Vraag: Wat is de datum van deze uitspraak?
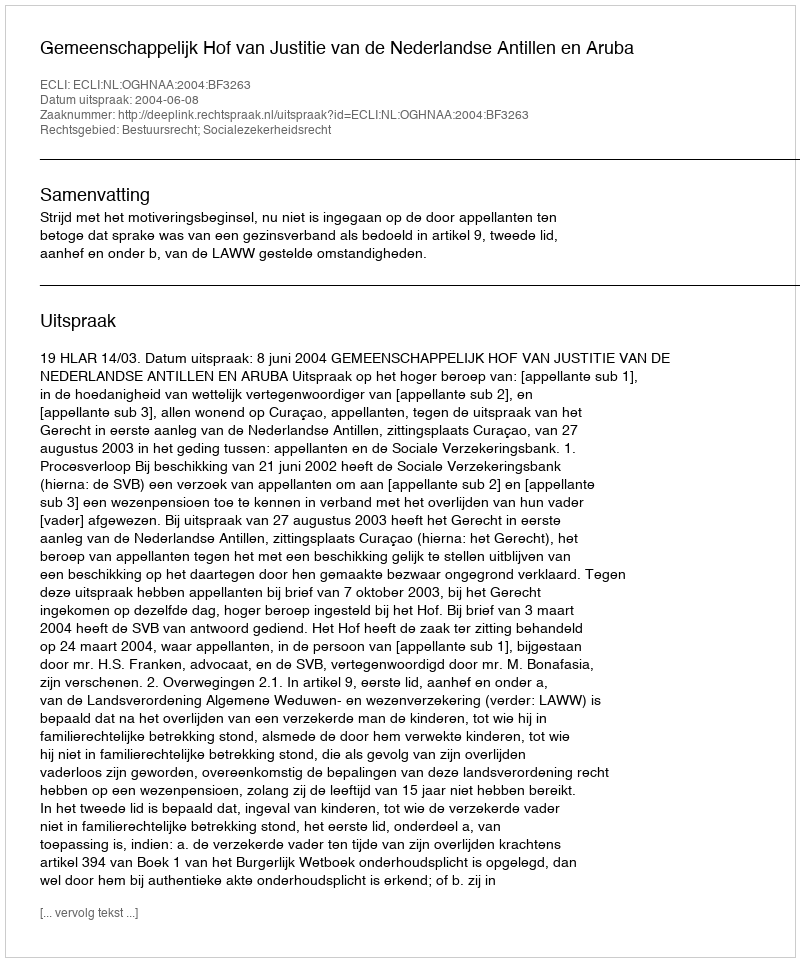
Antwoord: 2004-06-08